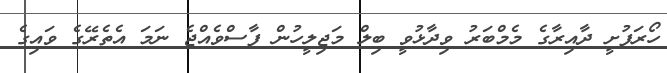
ހޯރަފުށީ ދާއިރާގެ މެމްބަރު ވިދާޅުވީ ބިލް މަޖިލީހުން ފާސްވެއްޖެ ނަމަ އެތެރޭގެ ވައިގެ